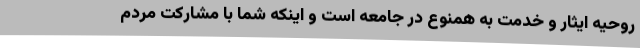
روحیه ایثار و خدمت به همنوع در جامعه است و اینکه شما با مشارکت مردم